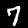
Digit: 7